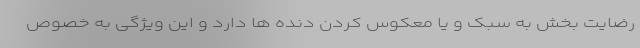
رضایت بخش به سبک و یا معکوس کردن دنده ها دارد و این ویژگی به خصوص